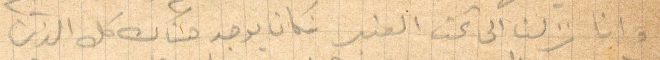
وانا نزلنا الى تحت العنبر غكان يوجد هناك كل الذين